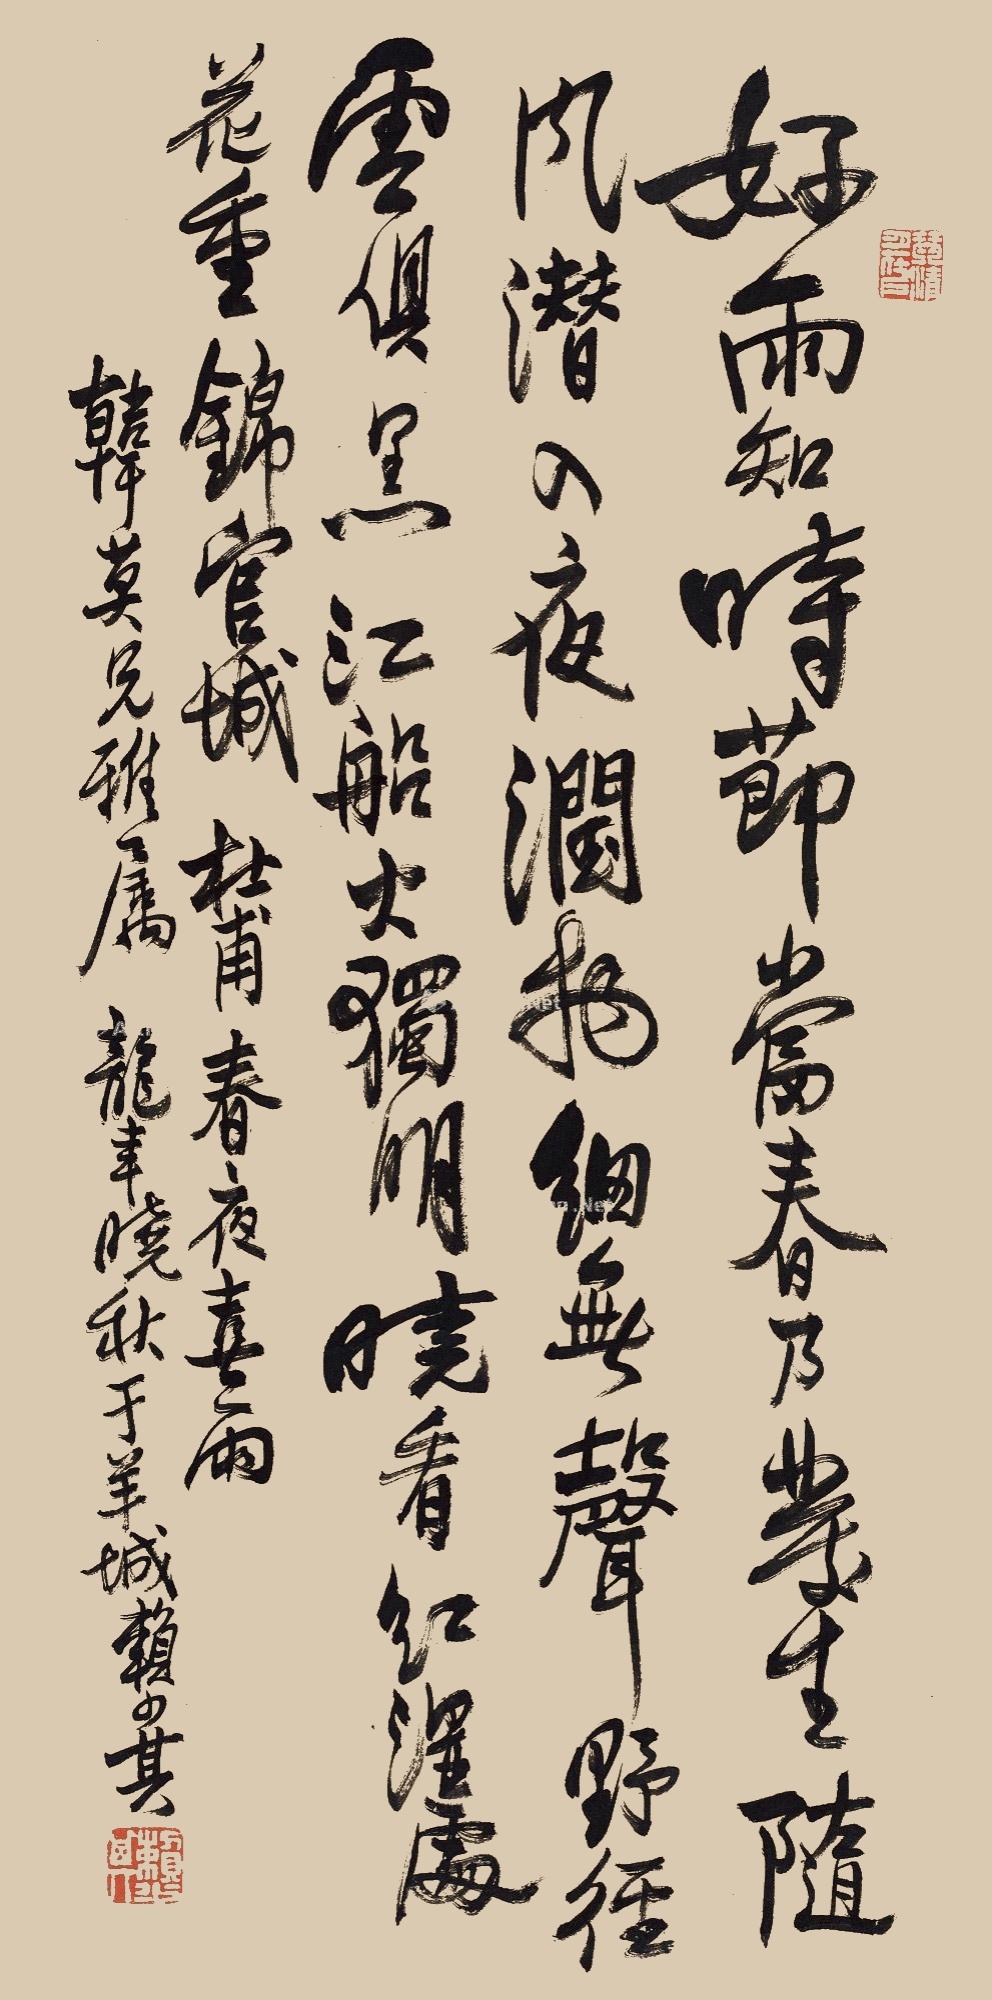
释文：好雨知时节，当春乃发生。随风潜入夜，润物细无声。野径云俱黑，江船火独明。晓看红湿处，花重锦官城。杜甫《春夜喜雨》。韩英兄雅属，龙年晚秋于羊城，赖少其。